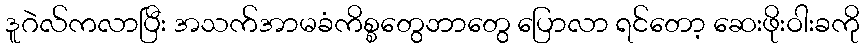
ဒူဂဲလ်ကလာပြီး အသက်အာမခံကိစ္စတွေဘာတွေ ပြောလာ ရင်တော့ ဆေးဖိုးဝါးခကို